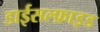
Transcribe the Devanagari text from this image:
डाईसल्फ़ाइड